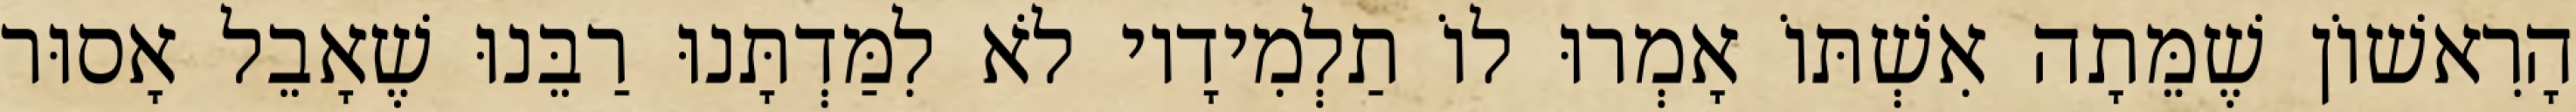
הָרִאשׁוֹן שֶׁמֵּתָה אִשְׁתּוֹ אָמְרוּ לוֹ תַלְמִידָיו לֹא לִמַּדְתָּנוּ רַבֵּנוּ שֶׁאָבֵל אָסוּר